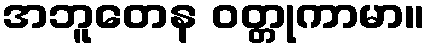
အဘူတေန ဝတ္တုကာမာ။